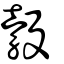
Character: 觳